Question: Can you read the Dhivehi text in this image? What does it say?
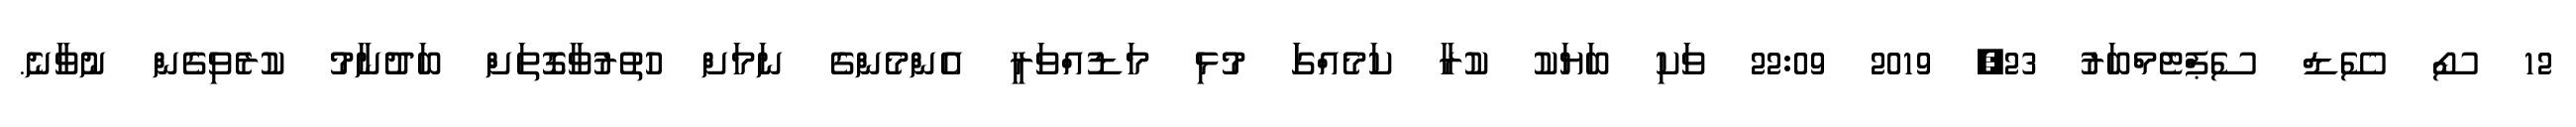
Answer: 12 ސޯ ސޭޑް ސެޕްޓެމްބަރު 23, 2019 22:09 ވަކި ބަޔަކު ކުރާ ކަމެއްގަަ މުޅި މަޑުއްވަރީ އެންމެންގެ ނަމަށް ހުތުރުވާގޮތަށްް ބަދުނާމު ކުރެވިގެން ނުވާނެ.